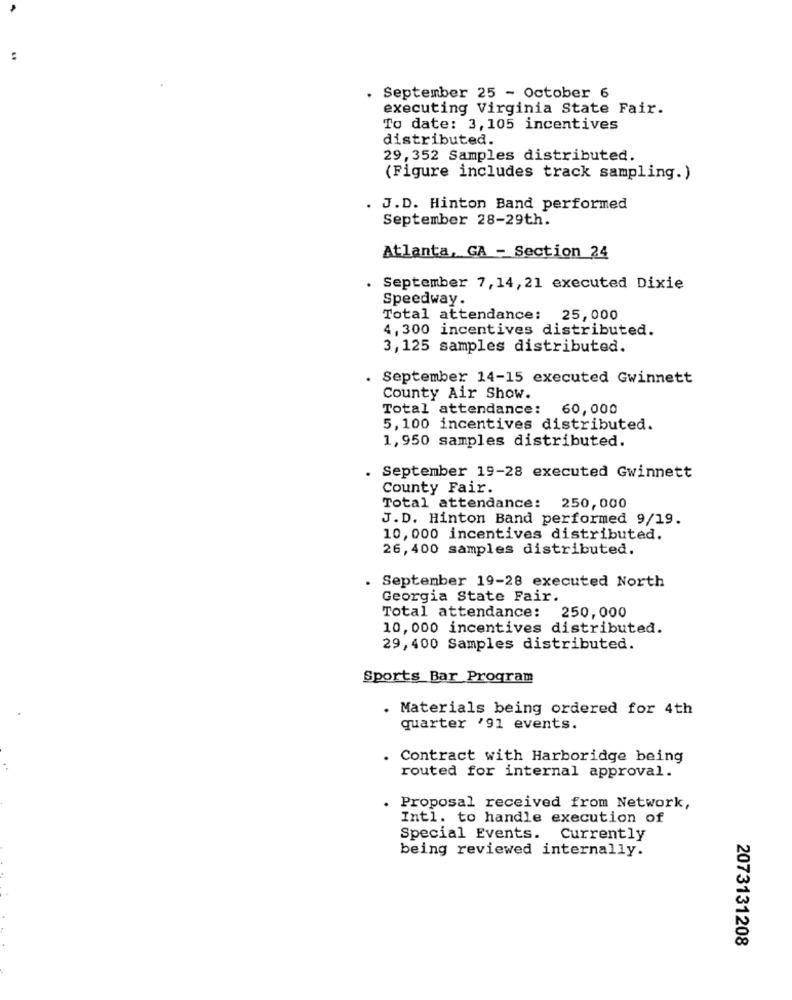
. September 25 - October 6
executing Virginia State Fair.
To date: 3, 105 incentives
distributed.
29, 352 Samples distributed.
(Figure includes track sampling.)
. J.D. Hinton Band performed
September 28-29th.
Atlanta, GA - Section 24
. September 7, 14, 21 executed Dixie
Speedway.
Total attendance: 25,000
4, 300 incentives distributed.
3,125 samples distributed.
. September 14-15 executed Gwinnett
County Air Show.
Total attendance: 60,000
5,100 incentives distributed.
1,950 samples distributed.
. September 19-28 executed Gwinnett
County Fair.
Total attendance: 250,000
J.D. Hinton Band performed 9/19.
10, 000 incentives distributed.
26,400 samples distributed.
September 19-28 executed North
Georgia State Fair.
Total attendance: 250,000
10, 000 incentives distributed.
29, 400 Samples distributed.
Sports Bar Program
. Materials being ordered for 4th
quarter '91 events.
Contract with Harboridge being
routed for internal approval.
Proposal received from Network,
Intl. to handle execution of
Special Events. Currently
being reviewed internally.
2073131208